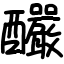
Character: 釅